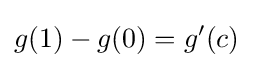
g(1)-g(0)=g'(c)